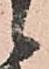
候